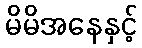
မိမိအနေနှင့်